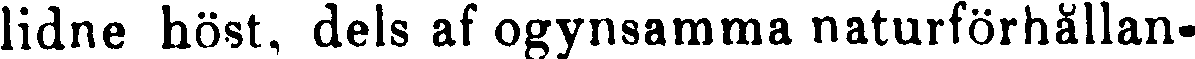
lidne höst, dels af ogynsamma naturförhållan-